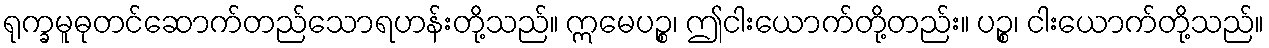
ရုက္ခမူဓုတင်ဆောက်တည်သောရဟန်းတို့သည်။ ဣမေပဉ္စ၊ ဤငါးယောက်တို့တည်း။ ပဉ္စ၊ ငါးယောက်တို့သည်။